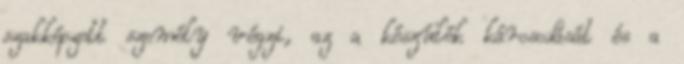
szakképzett személy végzi, az a készülék károsodását és a